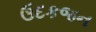
ઉદકજન